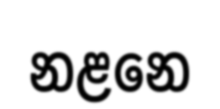
නළනෙ